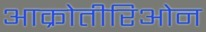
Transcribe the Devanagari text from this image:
आक्रोतीरिओन